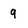
Character: 9